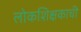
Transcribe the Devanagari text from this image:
लोकशिक्षकाची